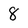
Character: 8